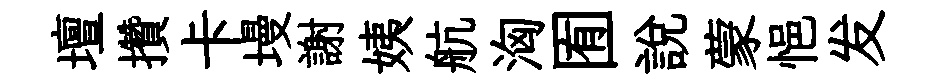
壇攢卡墁謝姨航洶囿説蒙悒发